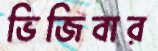
ভিজিবার